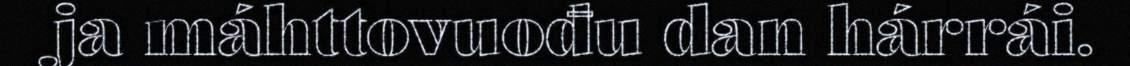
ja máhttovuođu dan hárrái.